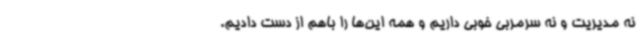
نه مدیریت و نه سرمربی خوبی داریم و همه این‌ها را باهم از دست دادیم.